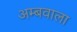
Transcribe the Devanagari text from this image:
अम्बवाला